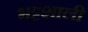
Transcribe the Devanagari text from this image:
भट्टशाली